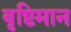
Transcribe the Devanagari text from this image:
वृष्टिमान